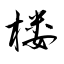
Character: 楼